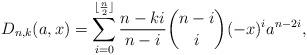
LaTeX: \begin{align*}D_{n,k}(a,x) = \sum_{i=0}^{\lfloor\frac n2\rfloor}\frac{n-ki}{n-i}\dbinom{n-i}{i}(-x)^{i}a^{n-2i},\end{align*}